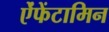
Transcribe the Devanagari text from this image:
ऐंफेंटामिन